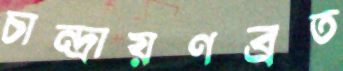
চান্দ্রায়ণব্রত